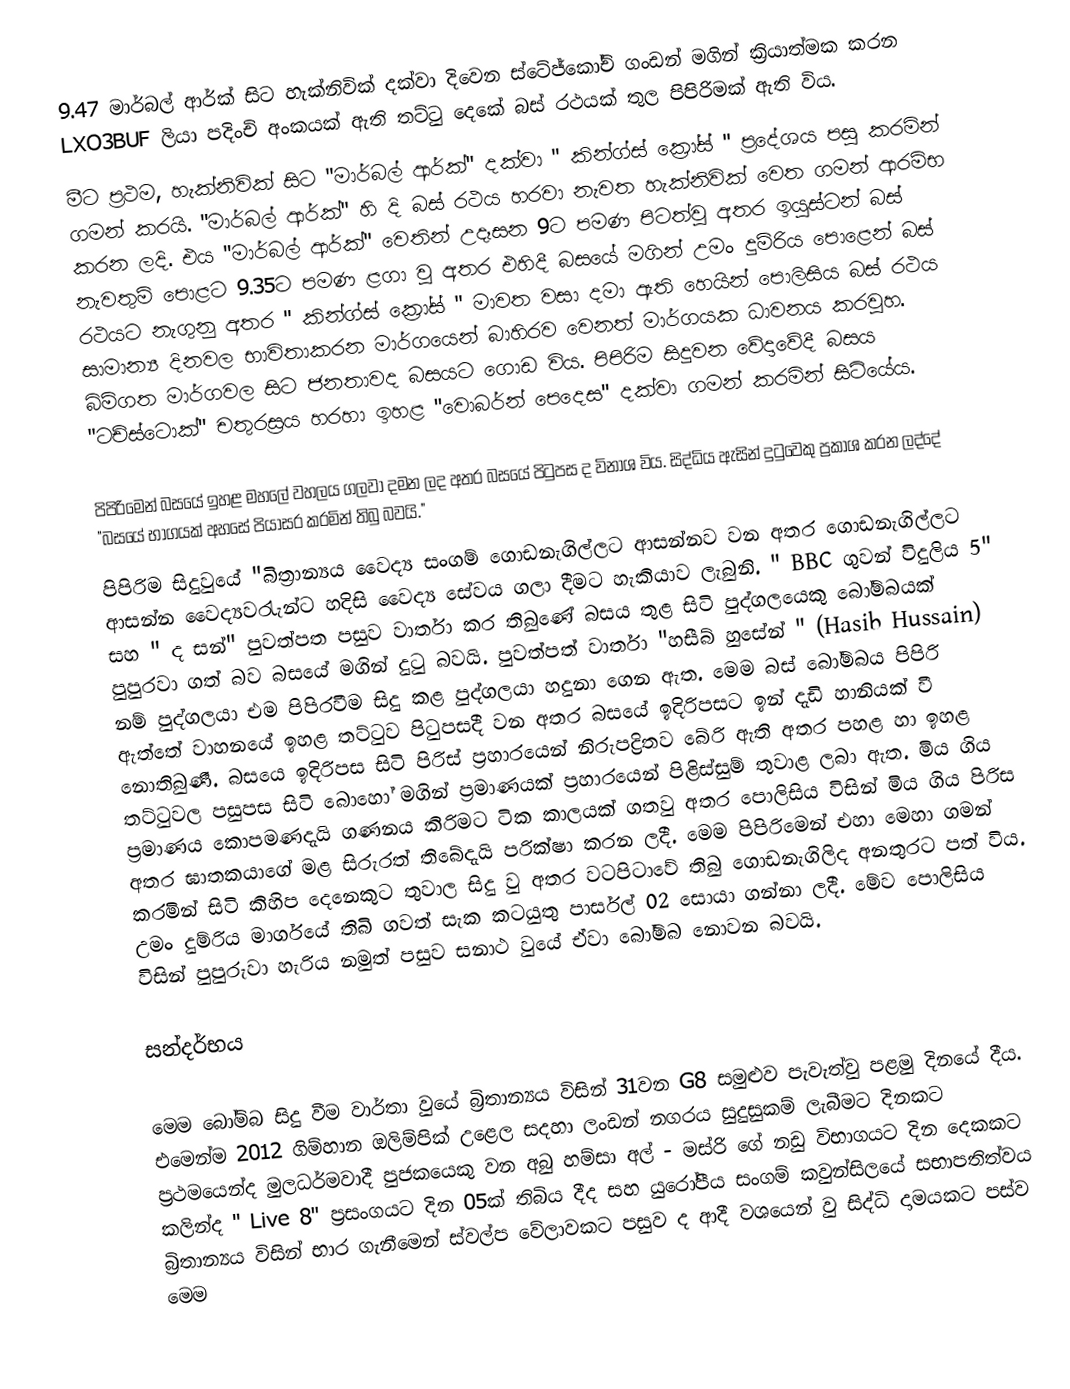
9.47 මාර්බල් ආර්ක් සිට හැක්නිවික් දක්වා දිවෙන ස්ටේජ්කෝච් ගංඩන් මගින් ක්‍රියාත්මක කරන LXO3BUF ලියා පදිංචි අංකයක් ඇති තට්ටු දෙකේ බස් රථයක් තුල පිපිරිමක් ඇති විය.
මීට ප්‍රථම, හැක්නිවික් සිට "මාර්බල් ආර්ක්" දක්වා " කින්ග්ස් ක්‍රෝස් " ප්‍රදේශය පසු කරමින් ගමන් කරයි. "මාර්බල් ආර්ක්" හි දි බස් රථය හරවා නැවත හැක්නිවික් වෙත ගමන් ආරම්භ කරන ලදි. එය "මාර්බල් ආර්ක්" වෙතින් උදෑසන 9ට පමණ පිටත්වු අතර ඉයුස්ටන් බස් නැවතුම් පොළට 9.35ට පමණ ළගා වු අතර එහිදී බසයේ මගින් උමං දුම්රිය පොළෙන් බස් රථයට නැගුනු අතර " කින්ග්ස් ක්‍රෝස් " මාවත වසා දමා ඇති හෙයින් පොලිසිය බස් රථය සාමාන්‍ය දිනවල භාවිතාකරන මාර්ගයෙන් බාහිරව වෙනත් මාර්ගයක ධාවනය කරවුහ.  බිම්ගත මාර්ගවල සිට ජනතාවද බසයට ගොඩ විය. පිපිරිම සිදුවන වේදාවේදී බසය "ටච්ස්ටොක්" චතුරස්‍රය හරහා ඉහළ "වොබර්න් පෙදෙස" දක්වා ගමන් කරමින් සිටියේය.

පිපිරිමෙන් බසයේ ඉහළ මහලේ වහලය ගලවා දමන ලද අතර බසයේ පිටුපස ද විනාශ විය. සිද්ධිය ඇසින් දුටුවෙකු ප්‍රකාශ කරන ලද්දේ  "බසයේ භාගයක් අහසේ පියාසර කරමින් තිබු බවයි."
පිපිරිම සිදුවුයේ "බිත්‍රාන්‍යය වෛද්‍ය සංගම් ගොඩනැගිල්ලට ආසන්නව වන අතර ගොඩනැගිල්ලට ආසන්න වෛද්‍යවරැැන්ට හදිසි වෛද්‍ය සේවය ගලා දීමට හැකියාව ලැබුනි. " BBC  ගුවන් විදුලිය 5" සහ " ද සන්" පුවත්පත පසුව වාර්තා කර තිබුණේ බසය තුළ සිටි පුද්ගලයෙකු බෝම්බයක් පුපුරවා ගත් බව බසයේ මගින් දුටු බවයි. පුවත්පත් වාර්තා "හසීබ් හුසේන් " (Hasib Hussain) නම් පුද්ගලයා එම පිපිරවීම සිදු කළ පුද්ගලයා හදුනා ගෙන ඇත. මෙම බස් බෝම්බය පිපිරි ඇත්තේ වාහනයේ ඉහළ තට්ටුව පිටුපසදී වන අතර බසයේ ඉදිරිපසට ඉන් දැඩි හානියක් වී නොතිබුණී. බසයෙ ඉදිරිපස සිටි පිරිස් ප්‍රහාරයෙන් නිරුපද්‍රිතව බේරි ඇති අතර පහළ හා ඉහළ තට්ටුවල පසුපස සිටි බොහෝ මගින් ප්‍රමාණයක් ප්‍රහාරයෙන් පිළිස්සුම් තුවාළ ලබා ඇත.  මිය ගිය ප්‍රමාණය  කොපමණදැයි ගණනය කිරිමට ටික කාලයක් ගතවු අතර පොලිසිය විසින් මිය ගිය පිරිස අතර ඝාතකයාගේ මළ සිරුරත් තිබේදැයි පරික්ෂා කරන ලදී. මෙම පිපිරිමෙන් එහා මෙහා ගමන් කරමින් සිටි කිහිප දෙනෙකුට තුවාල සිදු වු අතර වටපිටාවේ තිබු ගොඩනැගිලිද අනතුරට පත් විය. උමං දුම්රිය මාර්ගයේ තිබි ගවත් සැක කටයුතු පාර්සල් 02 සොයා ගන්නා ලදී. මේව පොලිසිය විසින් පුපුරුවා හැරිය නමුත් පසුව සනාථ වුයේ ඒවා බෝම්බ නොවන බවයි.

සන්දර්භය

මෙම බෝම්බ සිදු වීම වාර්තා වුයේ බ්‍රිතාන්‍යය විසින් 31වන G8 සමුළුව පැවැත්වු පළමු දිනයේ දීය. එමෙන්ම 2012 ගිම්හාන ඔලිම්පික් උළෙල සදහා ලංඩන් නගරය සුදුසුකම් ලැබීමට දිනකට ප්‍රථමයෙන්ද මුලධර්මවාදී පුජකයෙකු වන අබු හම්සා අල් - මස්රි ගේ නඩු විභාගයට දින දෙකකට කලින්ද " Live 8" ප්‍රසංගයට දින 05ක් තිබිය දීද සහ යුරෝපීය සංගම් කවුන්සිලයේ සභාපතිත්වය  බ්‍රිතාන්‍යය විසින් භාර ගැනීමෙන් ස්වල්ප වේලාවකට පසුව ද ආදී වශයෙන් වු සිද්ධි දාමයකට පස්ව මෙම